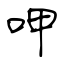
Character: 呷